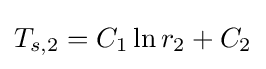
{T_{s,2}=C_{1}\ln r_{2}+C_{2}}